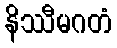
နိဿီမဂတံ